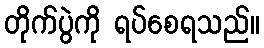
တိုက်ပွဲကို ရပ်စေရသည်။